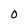
Character: 0